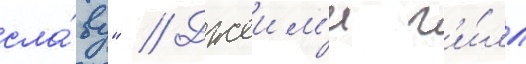
сла́ву" // Джеим'и г'и́лл